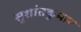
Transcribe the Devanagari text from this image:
सुशांतकुमार